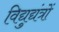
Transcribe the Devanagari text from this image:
विद्युद्यंत्रों